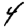
Digit: 4